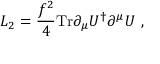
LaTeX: { \cal L } _ { 2 } = { \frac { f ^ { 2 } } { 4 } } \mathrm { T r } \partial _ { \mu } U ^ { \dagger } \partial ^ { \mu } U ~ ,